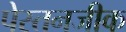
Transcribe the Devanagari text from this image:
पेस्तनजीक